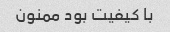
با کیفیت بود ممنون